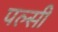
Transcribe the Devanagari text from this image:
पल्सी